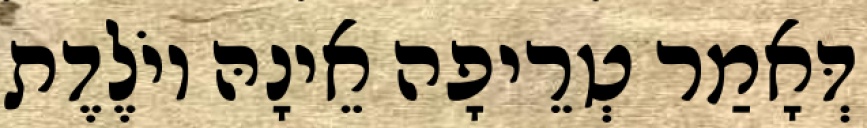
דְּאָמַר טְרֵיפָה אֵינָהּ יוֹלֶדֶת